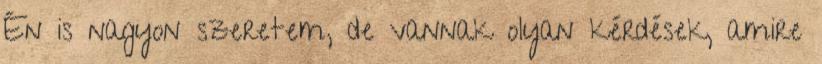
Én is nagyon szeretem, de vannak olyan kérdések, amire